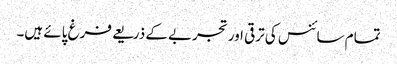
تمام سائنس کی ترقی اور تجربے کے ذریعے فرغ پائے ہیں۔